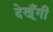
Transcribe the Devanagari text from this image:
देखूँगी